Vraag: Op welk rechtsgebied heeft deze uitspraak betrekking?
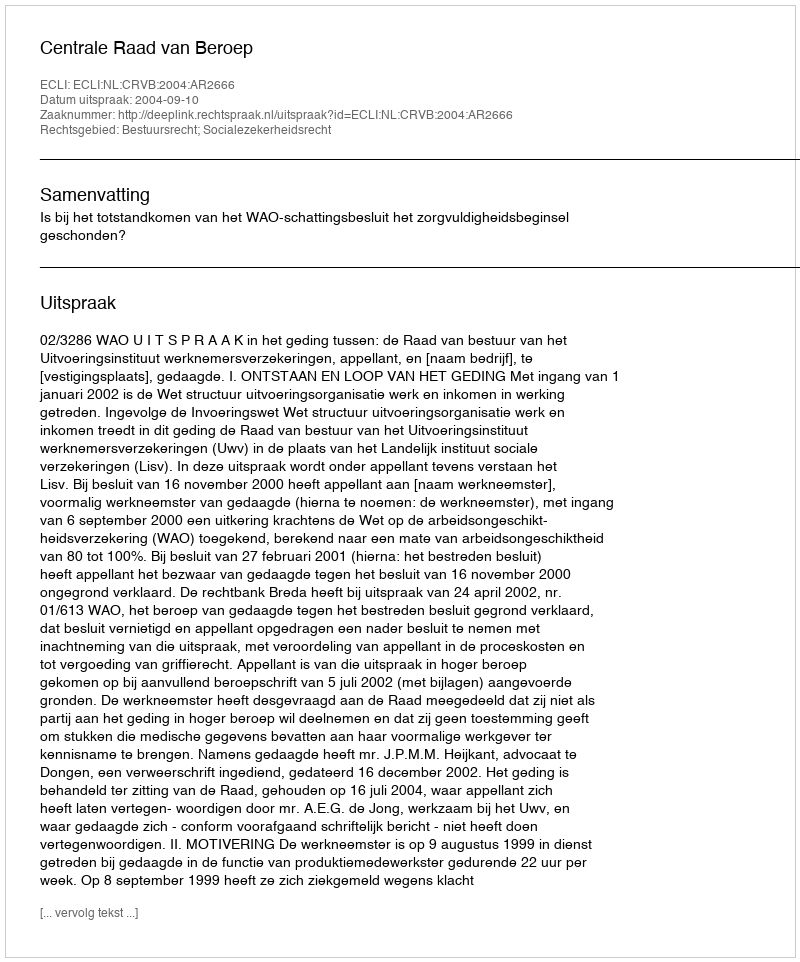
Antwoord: Bestuursrecht; Socialezekerheidsrecht